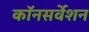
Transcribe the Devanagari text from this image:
कॉनसर्वेशन